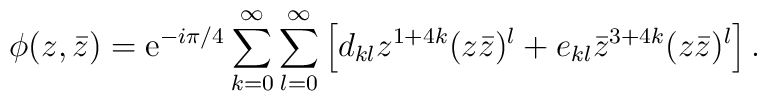
\phi(z,\bar z)={\mathrm e}^{- i \pi/4 }\sum_{k=0}^{\infty}\sum_{l=0}^{\infty}\left[d_{kl} z^{1+4k} (z\bar z)^l +e_{kl} {\bar z}^{3+4k} (z\bar z)^l\right].